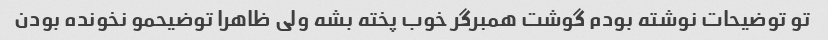
تو توضیحات نوشته بودم گوشت همبرگر خوب پخته بشه ولی ظاهرا توضیحمو نخونده بودن